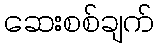
ဆေးစစ်ချက်